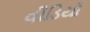
વીડિયો